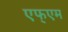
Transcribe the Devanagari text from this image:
एफ्एम